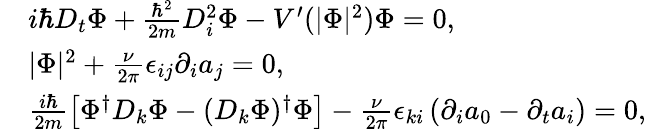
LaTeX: \begin{array}{rl}&{i\hbar D_{t}\Phi+\frac{\hbar^{2}}{2m}D_{i}^{2}\Phi-V^{\prime}(|\Phi|^{2})\Phi=0,}\\ &{|\Phi|^{2}+\frac{\nu}{2\pi}\epsilon_{ij}\partial_{i}a_{j}=0,}\\ &{\frac{i\hbar}{2m}\left[\Phi^{\dagger}D_{k}\Phi-(D_{k}\Phi)^{\dagger}\Phi\right]-\frac{\nu}{2\pi}\epsilon_{ki}\left(\partial_{i}a_{0}-\partial_{t}a_{i}\right)=0,}\end{array}